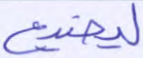
ليضيع